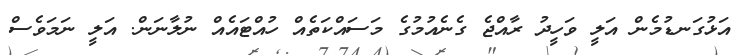
އަޅުގަނޑުމެން އަލީ ވަހީދު ރާއްޖެ ގެނެއުމުގެ މަސައްކަތެއް ހުއްޓައެއް ނުލާނަން. އަލީ ނަމަވެސް